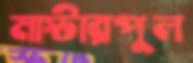
মাস্টারপুল